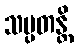
သမ္ပတန္တိ